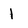
Character: 1